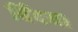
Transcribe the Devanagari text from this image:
बिँदया